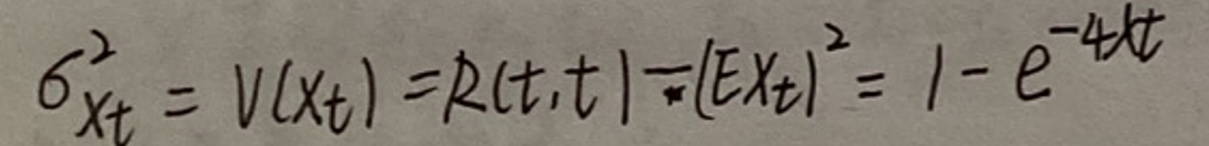
$6 ^ { 2 } x _ { t } = V ( x _ { t } ) = R ( t, t ) = \div ( E x _ { t } ) ^ { 2 } = 1 - e ^ { - 4 t }$